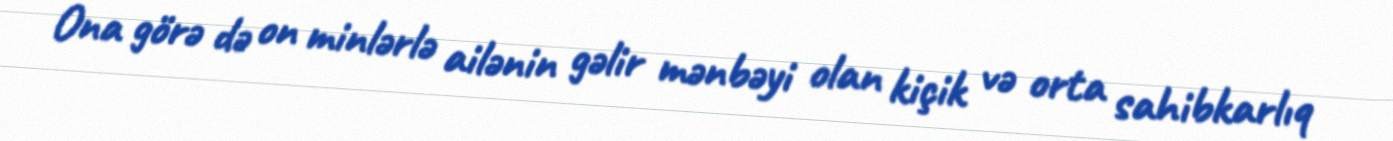
Ona görə də on minlərlə ailənin gəlir mənbəyi olan kiçik və orta sahibkarlıq